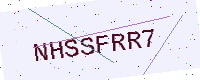
Text: NHSSFRR7